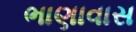
ભાણાવાસ